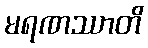
မရဏဿာတိ